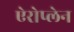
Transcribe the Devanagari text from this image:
ऐरोप्लेन